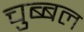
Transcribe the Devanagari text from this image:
चुब्बल